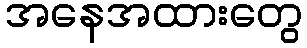
အနေအထားတွေ